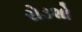
રોડશો